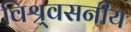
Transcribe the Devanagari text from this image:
विश्र्वसनीय